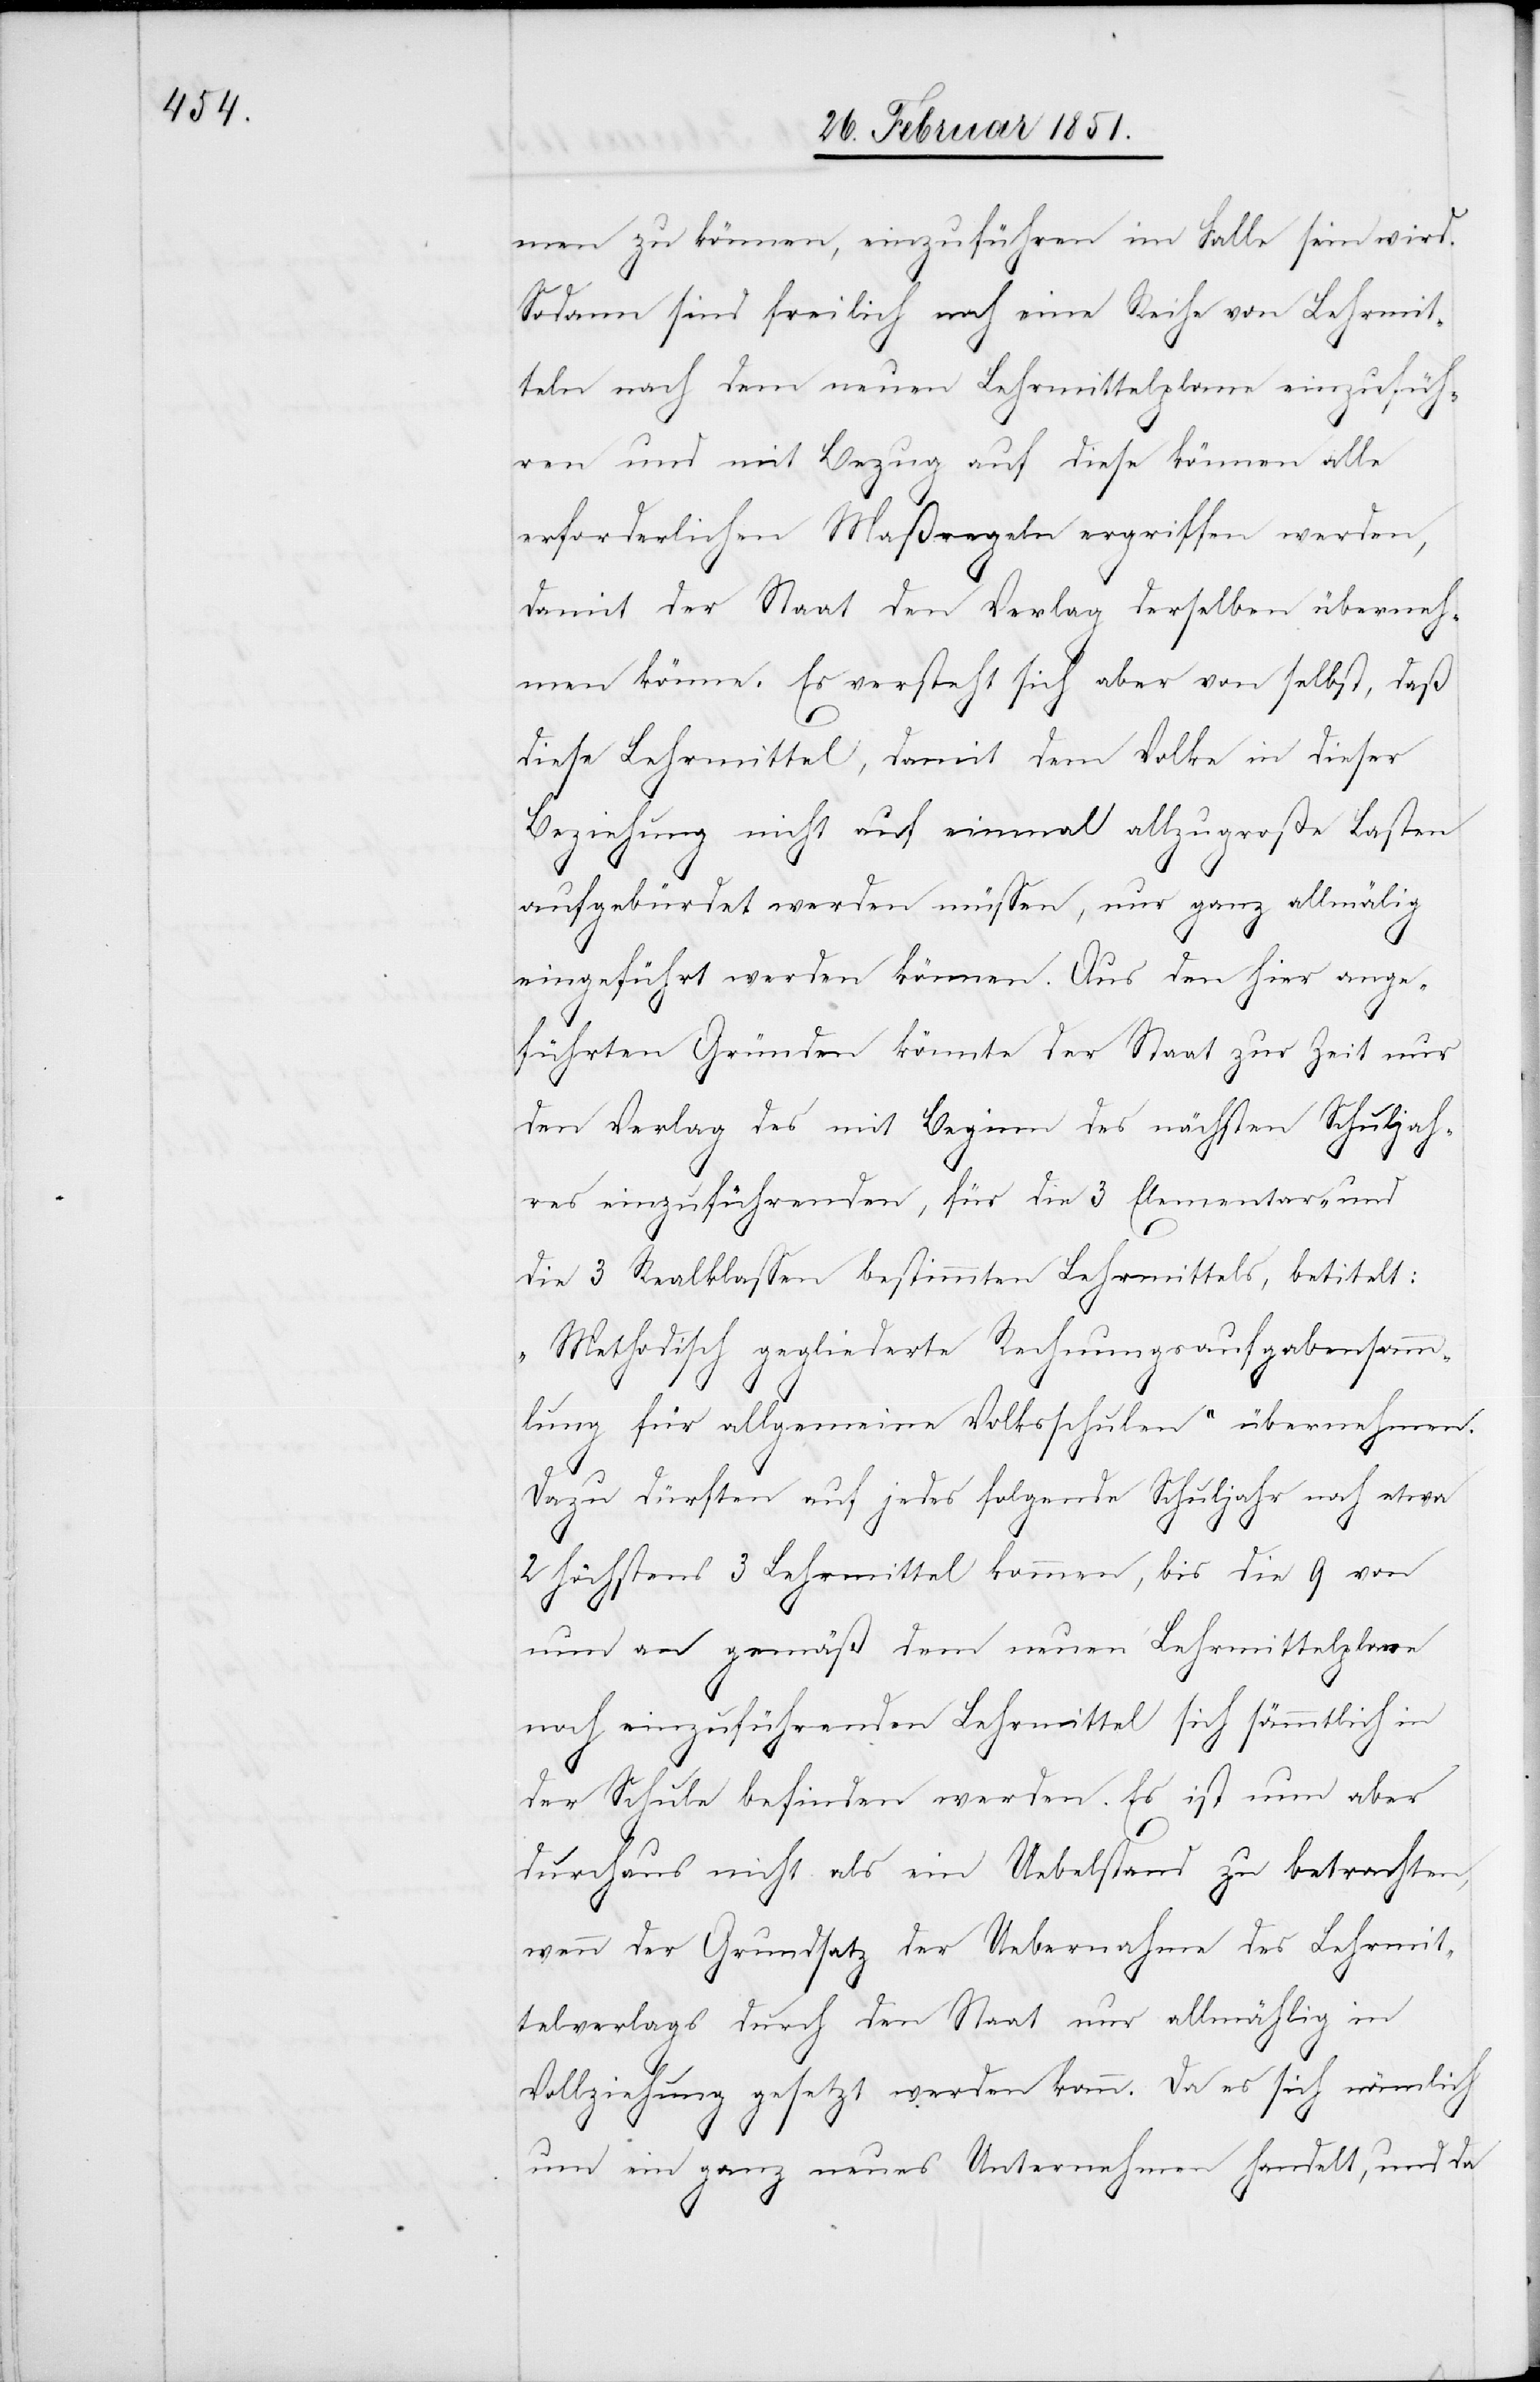
men zu können, einzuführen im Falle sein wird.
Sodann sind freilich noch eine Reihe von Lehrmit¬
teln nach dem neuen Lehrmittelplane einzufüh¬
ren und mit Bezug auf diese können alle
erforderlichen Maßregeln ergriffen werden,
damit der Staat den Verlag derselben überneh¬
men könne. Es versteht sich aber von selbst, daß
diese Lehrmittel, damit dem Volke in dieser
Beziehung nicht auf einmal allzugroße Lasten
aufgebürdet werden müssen, nur ganz allmälig
eingeführt werden können. Aus den hier ange¬
führten Gründen könnte der Staat zur Zeit nur
den Verlag des mit Beginn des nächsten Schuljah¬
res einzuführenden, für die 3 Elementar- und
die 3 Realklassen bestimmten Lehrmittels, betitelt:
„Methodisch gegliederte Rechnungsaufgabensamm¬
lung für allgemeine Volksschulen“ übernehmen.
Dazu dürften auf jedes folgende Schuljahr noch etwa
2 höchstens 3 Lehrmittel kommen, bis die 9 von
nun an gemäß dem neuen Lehrmittelplane
noch einzuführenden Lehrmittel sich sämmtlich in
der Schule befinden werden. Es ist nun aber
durchaus nicht als ein Uebelstand zu betrachten,
wenn der Grundsatz der Uebernahme des Lehrmit¬
telverlags durch den Staat nur allmählig in
Vollziehung gesetzt werden kann. Da es sich nämlich
um ein ganz neues Unternehmen handelt, und da